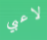
لاعبي